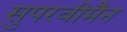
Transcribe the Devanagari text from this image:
सुपरवीमैन